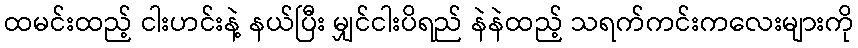
ထမင်းထည့် ငါးဟင်းနဲ့ နယ်ပြီး မျှင်ငါးပိရည် နဲနဲထည့် သရက်ကင်းကလေးများကို